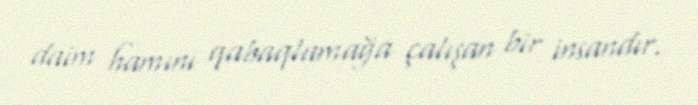
daim hamını qabaqlamağa çalışan bir insandır.